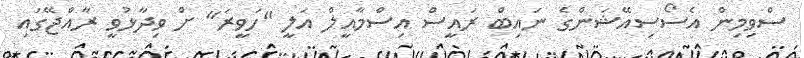
ސްވިމިން އެސޯސިއޭޝަންގެ ނައިބް ރައީސް އިސްމާއީލް އަލީ "ހަވީރަ" ށް ވިދާޅުވީ ރާއްޖޭގައި